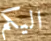
اليكم